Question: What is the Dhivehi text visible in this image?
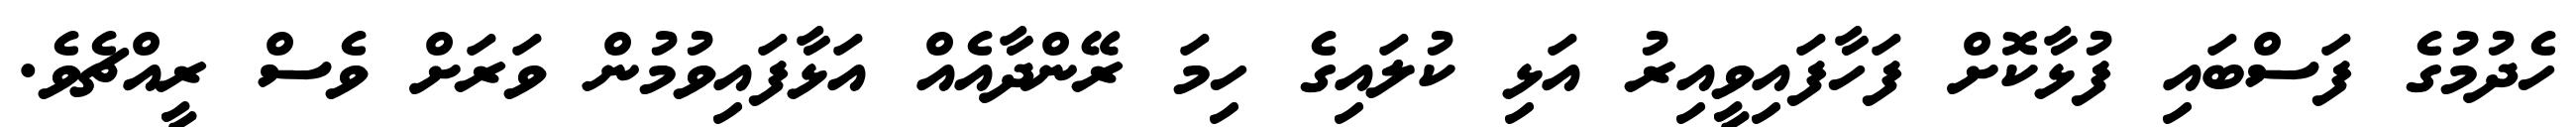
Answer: ހެދުމުގެ ފަސްބައި ފުޅާކޮށް ފަހާފައިވީއިރު އަޅި ކުލައިގެ ހިމަ ރޭންދާއެއް އަޅާފައިވުމުން ވަރަށް ވެސް ރީއްޗެވެ.